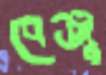
বেঞ্জু